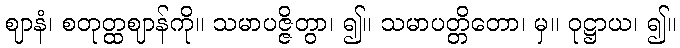
ဈာနံ၊ စတုတ္ထဈာန်ကို။ သမာပဇ္ဇိတွာ၊ ၍။ သမာပတ္တိတော၊ မှ။ ဝုဋ္ဌာယ၊ ၍။